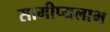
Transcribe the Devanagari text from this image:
सामीप्यलाभ